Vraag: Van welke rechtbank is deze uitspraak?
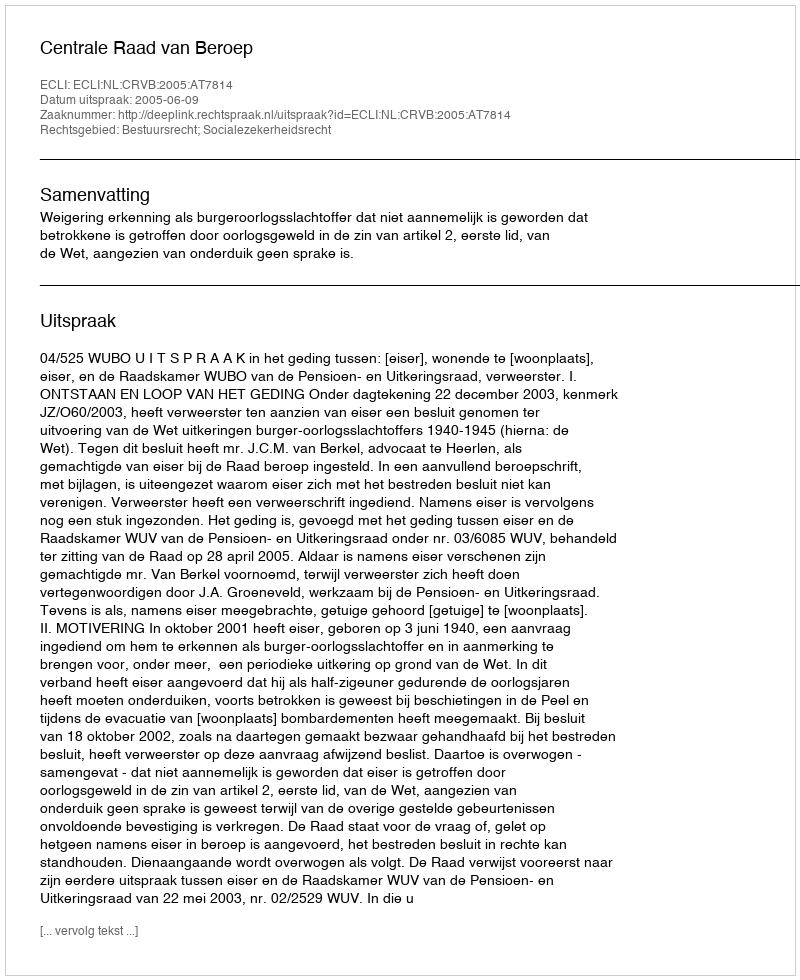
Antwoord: Centrale Raad van Beroep